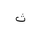
Letter: _tha